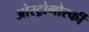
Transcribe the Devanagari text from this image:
ओस्ट्रोगोर्स्की